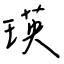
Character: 瑛